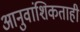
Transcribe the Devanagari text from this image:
आनुवांशिकताही